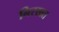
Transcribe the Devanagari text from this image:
निरखत